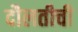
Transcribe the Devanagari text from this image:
दौलतीची